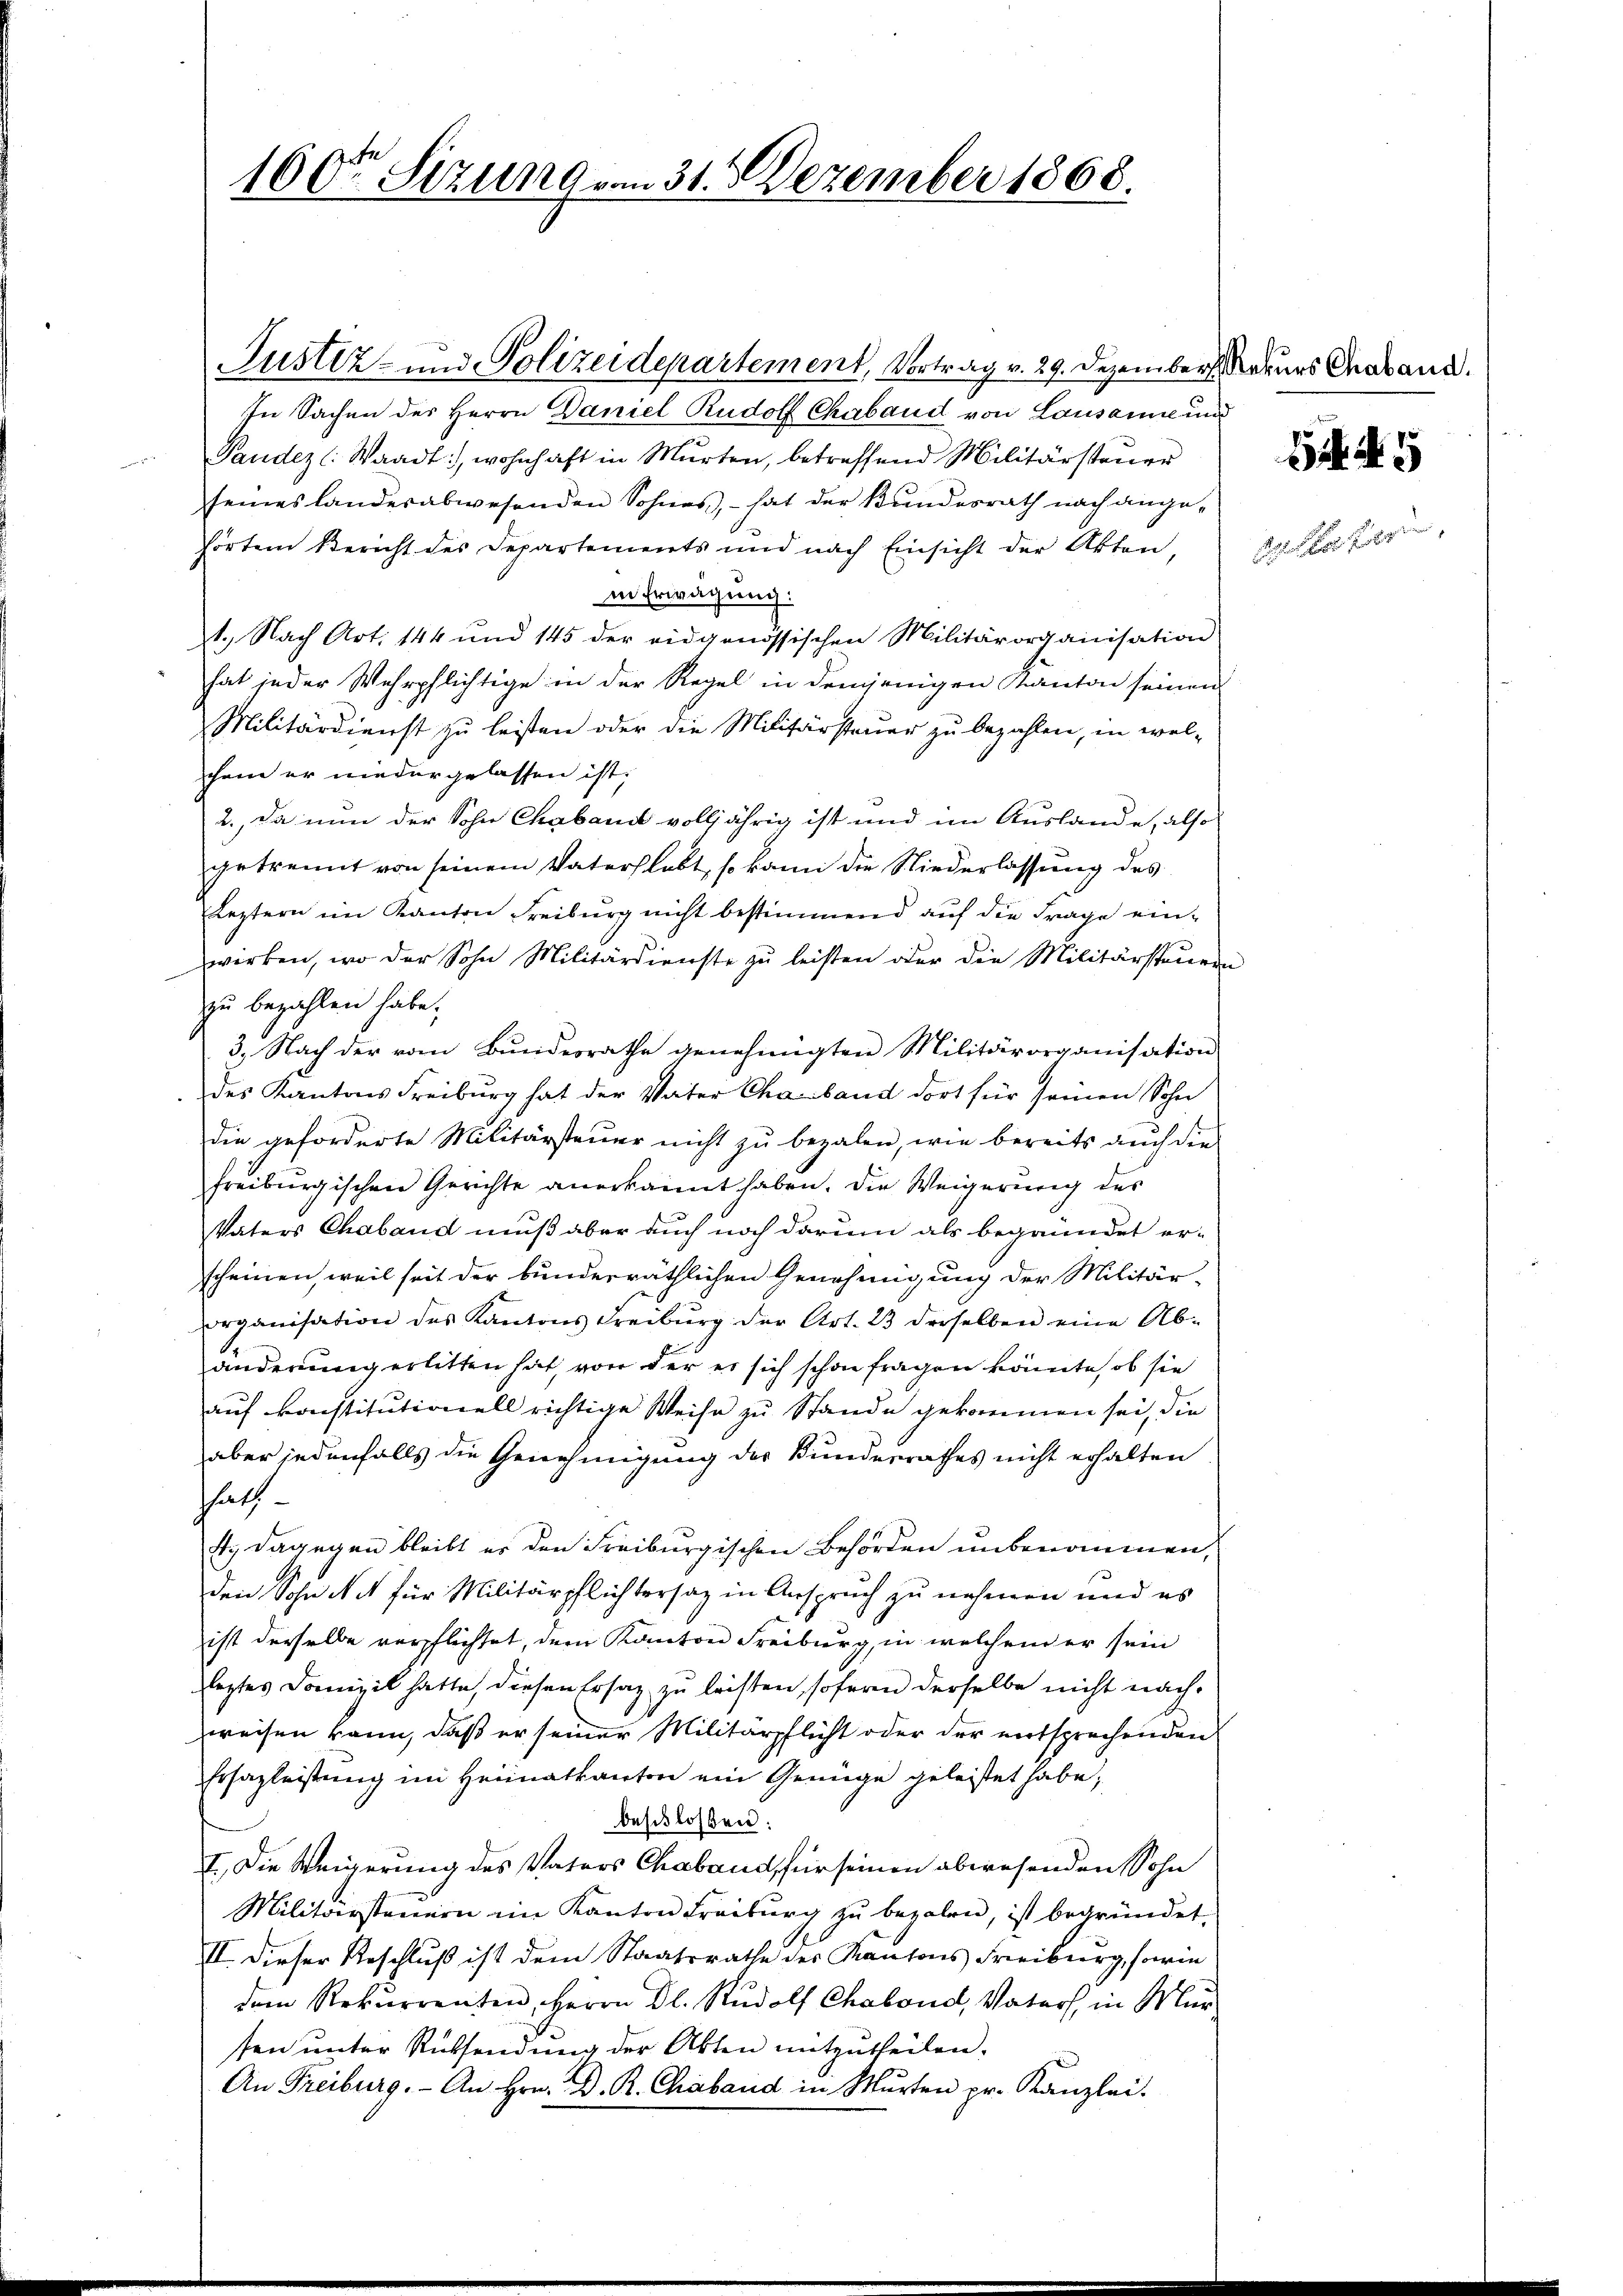
100te Sitzung am 31. Dezember 1868.

Justiz- und Polizeidepartement, Vortrag v. 29. Dezember aus Chaband.
In Sachen des Herrn Daniel Rudolf Chabaud von Lausanne und
Pander Waadt: wohnhaft in Murten, betreffend Militärsteŭer
seines landesabwesenden Sohnes, - hat der Bŭndesrath nach ange-
hörtem Bericht des Departements und nach Einsicht der Akten,
in Erwägung:
1. Nach Art. 144 und 145 der eidgenössischen Militärorganisation
hat jeder Wehrpflichtige in der Regel in demjenigen Kanton seinen
Militärdienst zu leisten oder die Militärsteuer zu bezahlen, in welchem er niedergelassen ist.
2., Da inne der Sohn Chabant volljährig ist und im Auslande, also
getrennt von seinem Vaterslebt, so kann die Niederlassung des
Leztern im Kanton Freiburg nicht bestimmend auf die Frage einwirken, wo der Sohn Militärdienste zu leisten oder die Militärsteuern
zu bezahlen habe.
3. Nach der vom Bundesrathe genehmigten Militärorganisation
des Kantons Freiburg hat der Vater Chaband dort für seinen Sohn
die geforderte Militärsteuer nicht zu bezalen, wie bereits auch die
freiburgischen Gerichte anerkannt haben. Die Weigerung des
Vaters Chaband muß aber auch noch darum als begründet er-
scheinen, weil seit der bunderräthlichen Genehmigung der Militär-
organisation des Kantons Freiburg der Art. 23 derselben eine Ab-
änderung erlitten hat, von der es sich schon fragen könnte, ob sie
auf konstitutionell richtige Weise zu Stande gekommen sei, die
aber jedenfalls die Genehmigung des Bundesrathes nicht erhalten
hath
4. Dagegen bleibt er den Freiburgischen Behörden unbenommen,
den Sohn Not für Militärpflichtersaz in Anspruch zu nehmen und es
ist derselbe verpflichtet, dem Kanton Freiburg, in welchem er sein
leztes Domizil hatte, diesen Ersatz zu leisten, sofern derselbe nicht nachweisen kann, daß er seiner Militärpflicht oder der entsprechenden
Ersazleistung im Heimatkanton ein Genüge geleistet habe,
deschlossen:
I. Die Weigerung des Vaters Chaband, für seinen abwesenden Sohn
Militärsteuern im Kanton Freiburg zu bezalen, ist begründet,
II. Dieser Beschluß ist dem Staatsrathe der Kantons Freiburg, sowie
dem Rekurrenten, Herrn Dl. Rŭdolf Chabond, Vaters, in Mur-
ten unter Rücksendung der Akten mitzutheilen.
An Freiburg. - An Hrn. D. R. Chaband in Murten pr. Kanzlei.

1er